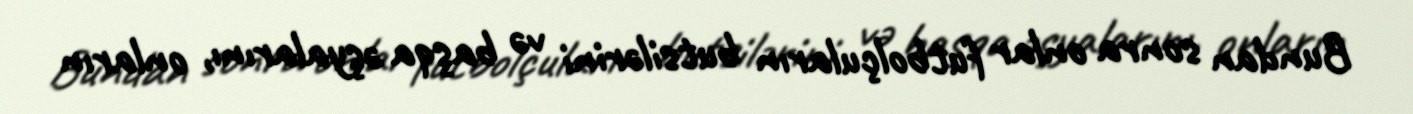
Bundan sonra onlar futbolçuların butsilərini və başqa əşyalarını, onların